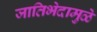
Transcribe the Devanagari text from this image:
जातिभेदामुळे